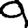
Digit: 9